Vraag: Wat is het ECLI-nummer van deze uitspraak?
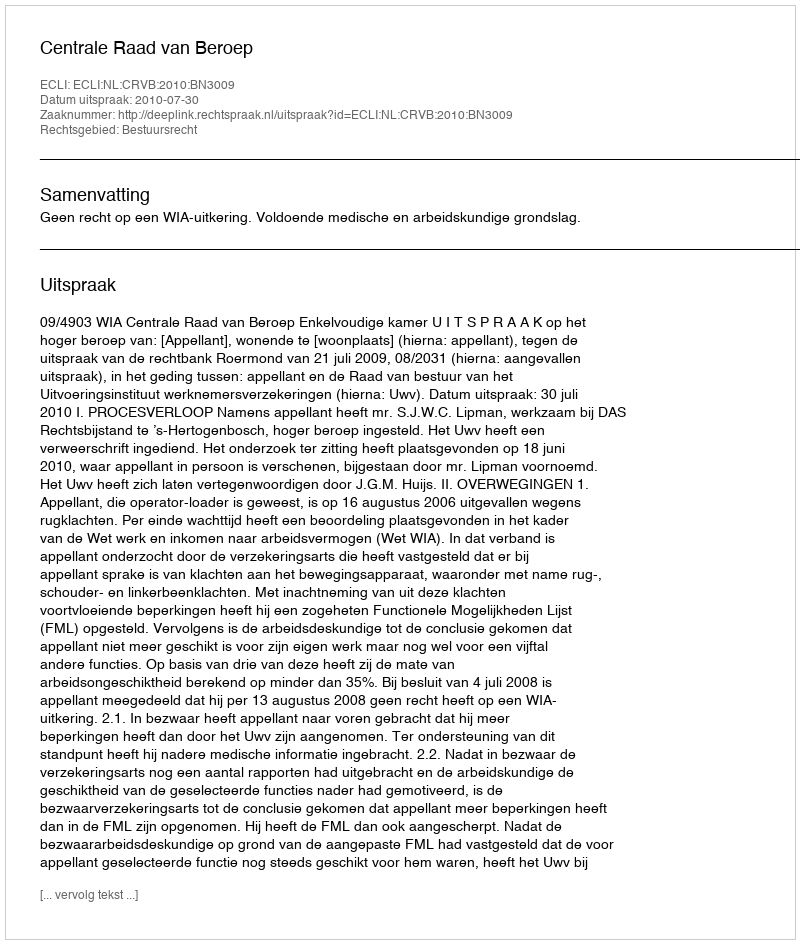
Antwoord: ECLI:NL:CRVB:2010:BN3009